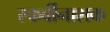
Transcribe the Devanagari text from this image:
स्कर्वीनाशक